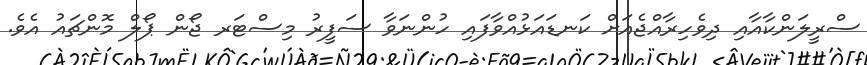
ސްރީލަންކާއާއި ދިވެހިރާއްޖެއަށް ކަނޑައަޅުއްވާފައި ހުންނަވާ ސަފީރު މިސްޓަރ ޖޯން ޕޯލް މޮންޗައު އެވެ.